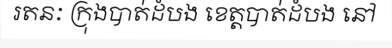
រតនៈ ក្រុងបាត់ដំបង ខេត្តបាត់ដំបង នៅ